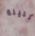
الليلة